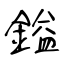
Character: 鎰